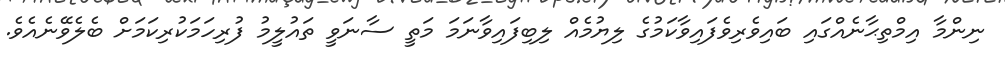
ނިންމާ އިމްތިޙާނެއްގައި ބައިވެރިވެފައިވާކަމުގެ ލިޔުމެއް ލިބިފައިވާނަމަ މަތީ ސާނަވީ ތައުލީމު ފުރިހަމަކުރިކަމަށް ބެލެވޭނެއެވެ.